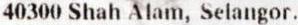
40300 SHAH ALAM, SELANGOR.